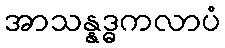
အာသန္နဒ္ဓကလာပံ